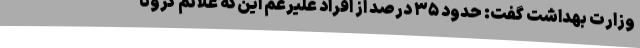
وزارت بهداشت گفت: حدود ۳۵ درصد از افراد علیرغم این‌که علائم کرونا